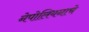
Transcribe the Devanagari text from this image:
नेपोलियनाचे